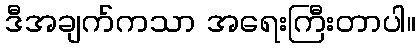
ဒီအချက်ကသာ အရေးကြီးတာပါ။